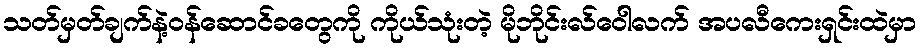
သတ်မှတ်ချက်နဲ့ဝန်ဆောင်ခတွေကို ကိုယ်သုံးတဲ့ မိုဘိုင်းလ်ဝေါလက် အပလီကေးရှင်းထဲမှာ